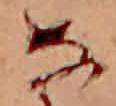
な